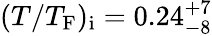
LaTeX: (T/T_{\mathrm{F}})_{\mathrm{i}}=0.24_{-8}^{+7}